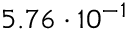
5 . 7 6 \cdot 1 0 ^ { - 1 }